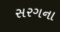
સરગના